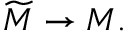
{ \widetilde { M } } \to M .